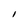
Character: I